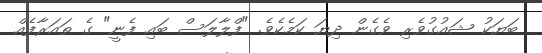
ބަޔަކު ޝައުގުވެރި ވެގެން ދިޔަ ކަމެކެވެ. "ފްލާލަސް ބައި ފެނީ" ގެ ތައަރާފެއް